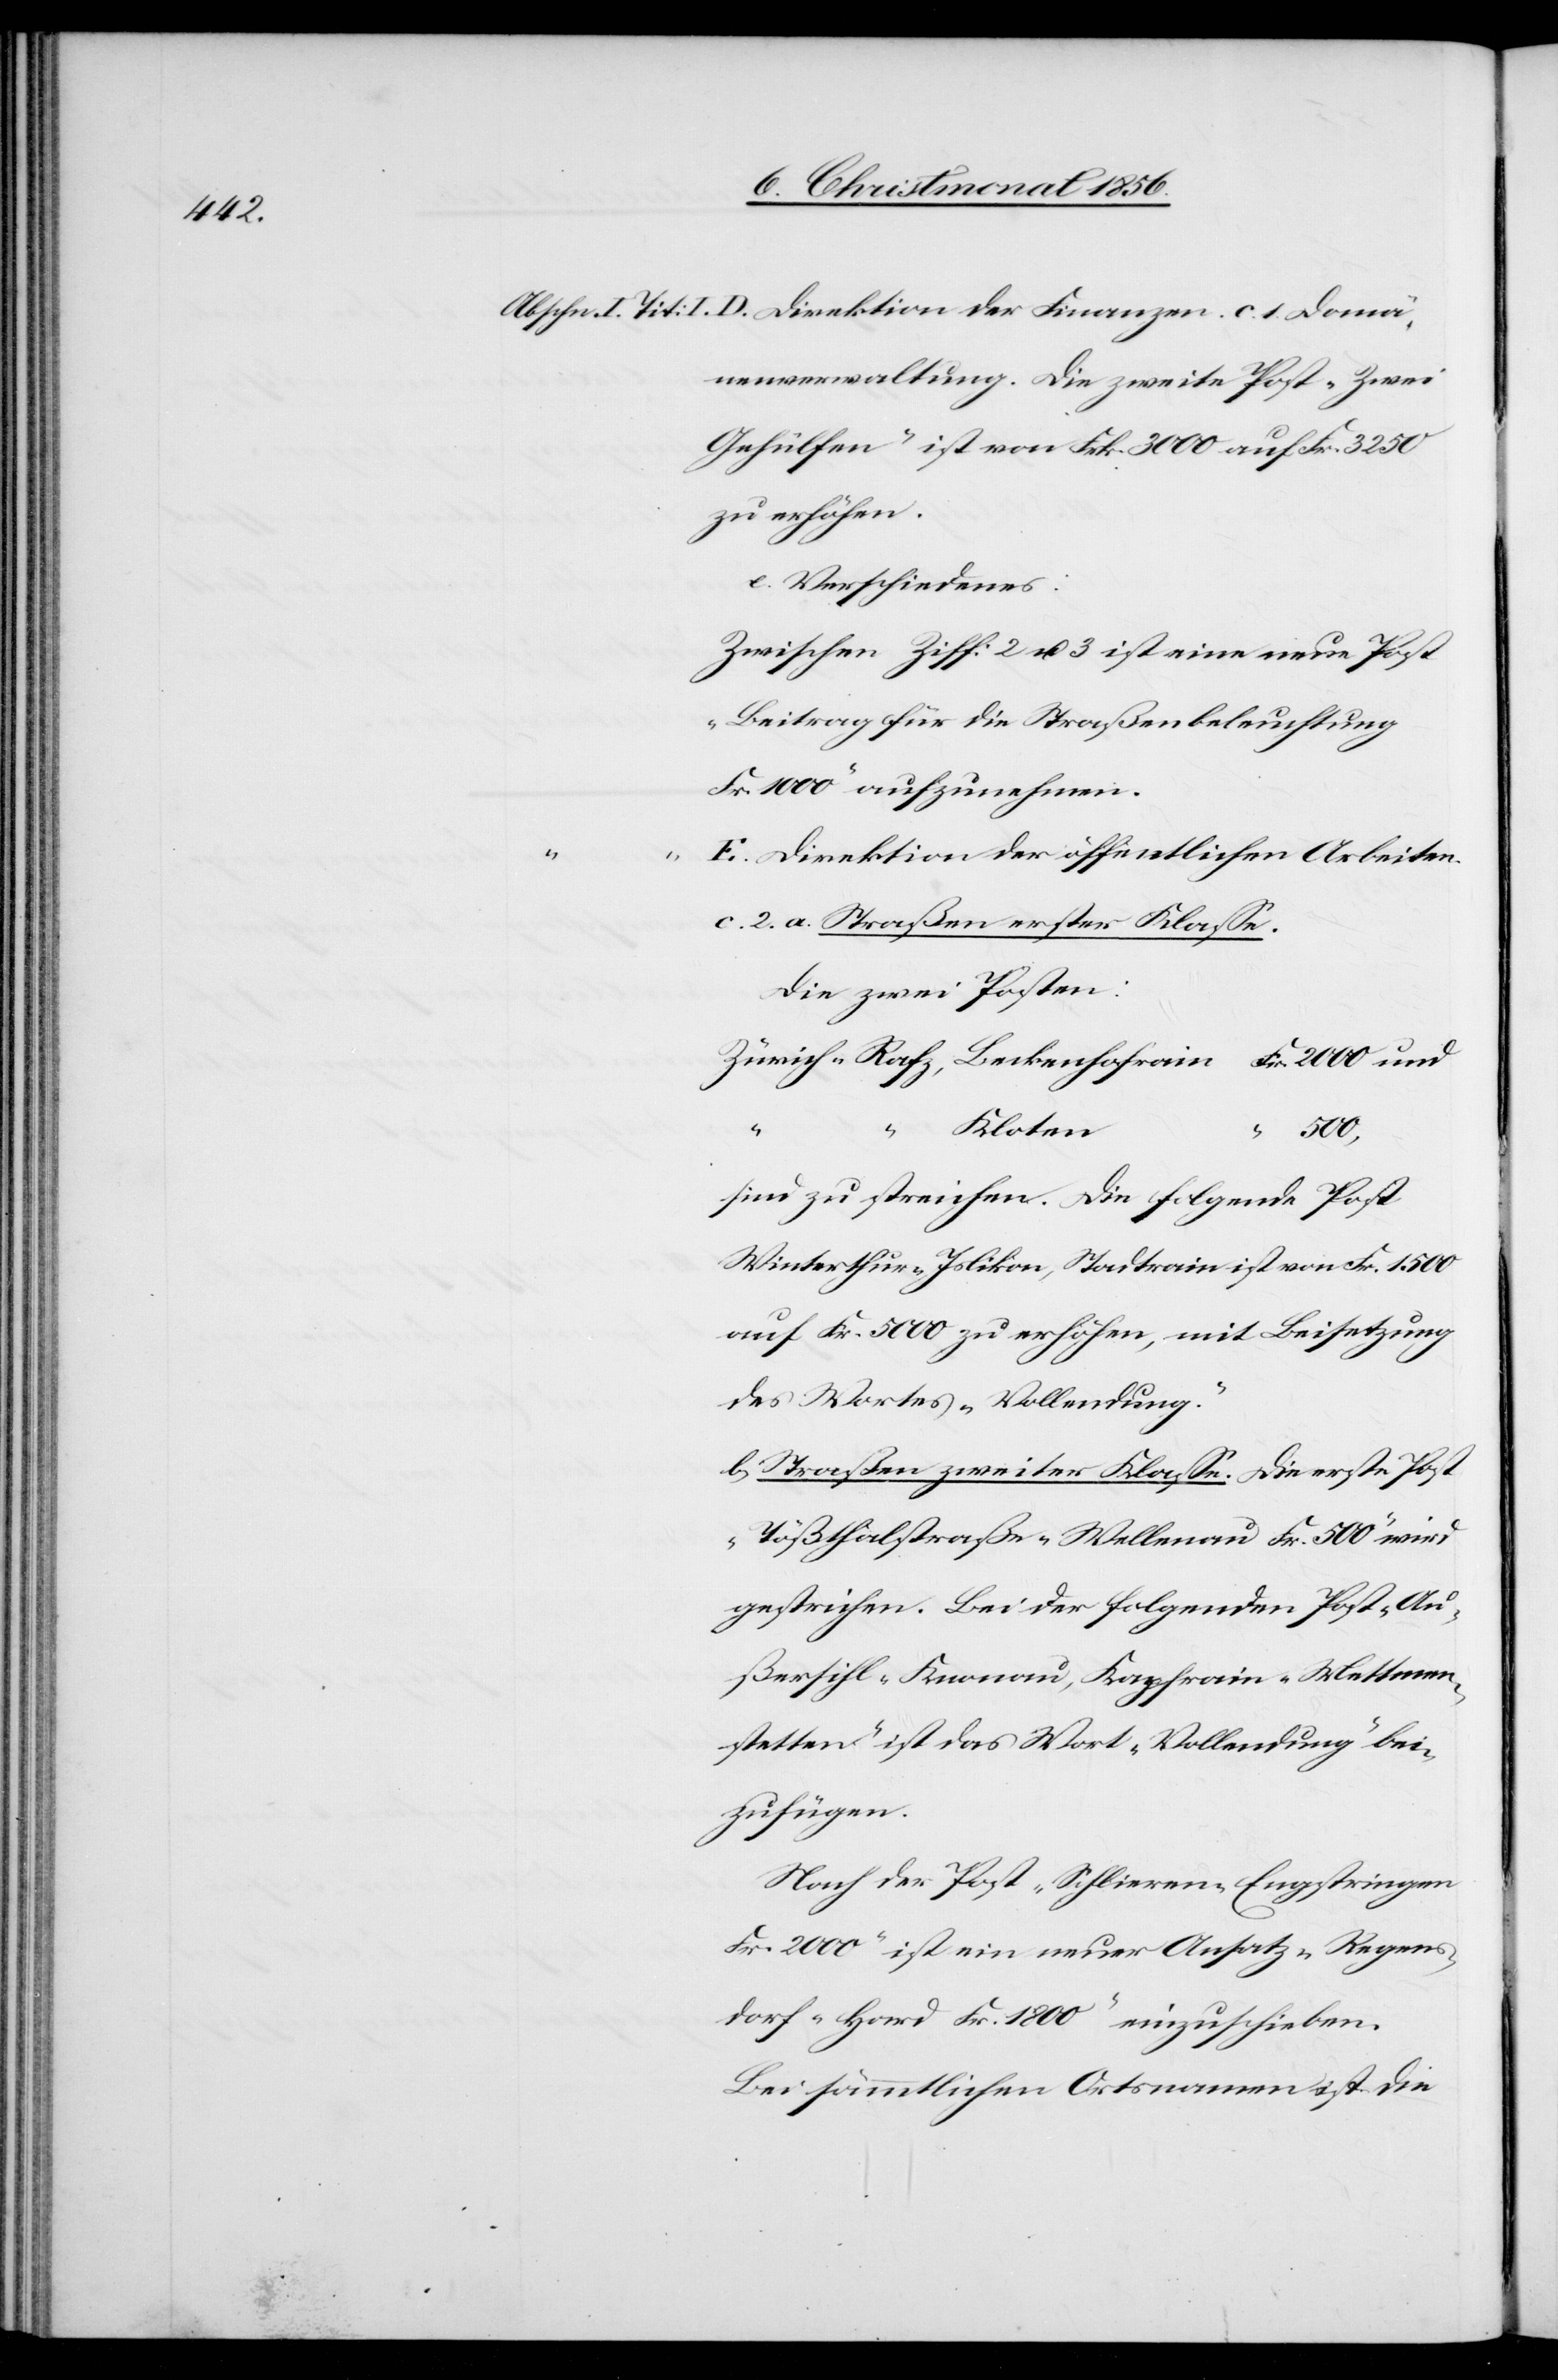
nenverwaltung. Die zweite Post „Zwei
Gehülfen“ ist von Frk. 3000 auf Fr. 3250
zu erhöhen.
e. Verschiedenes:
Zwischen Ziff: 2 u. 3 ist eine neue Post
„Beitrag für die Straßenbeleuchtung
Fr. 1000“ aufzunehmen.
E. Direktion der öffentlichen Arbeiten.
1.
c. 2. a. Straßen erster Klasse.
die zwei Posten:
Zürich-Rafz, Beckenhofrain Fr. 2000 und
Kloten
c.
“
sind zu streichen. Die folgende Post
Winterthur-Islikon, Stadtrain ist von Fr. 1500
auf Fr. 5000 zu erhöhen, mit Beisetzung
des Wortes „Vollendung“.
b. Straßen zweiter Klasse. Die erste Post
„Tößthalstraße-Wellenau Fr. 500“ wird
gestrichen. Bei der folgenden Post „Au¬
ßersihl-Knonau, Kapfrain-Mettmen¬
stetten“ ist das Wort „Vollendung“ bei¬
zufügen.
Nach der Post „Schlieren-Engstringen
Fr. 2000“ ist ein neuer Ansatz „Regens¬
dorf-Hard Fr. 1800“ einzuschieben.
Bei sämmtlichen Ortsnamen ist die